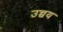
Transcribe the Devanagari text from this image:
उच्चय